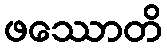
ဖဿောတိ